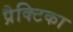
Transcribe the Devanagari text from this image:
प्रैक्टिका